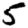
Digit: 5